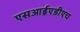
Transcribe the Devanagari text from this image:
एसआईएडीएच